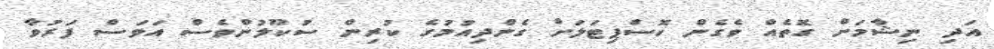
އަދި ނިޝާމަށް ގޮތެއް ވެގެން ހޮސްޕިޓަލަށް ގެންދިއުމުގެ ކުރިން ސުކޫލުންވެސް އަވަސް ފަރުވާ